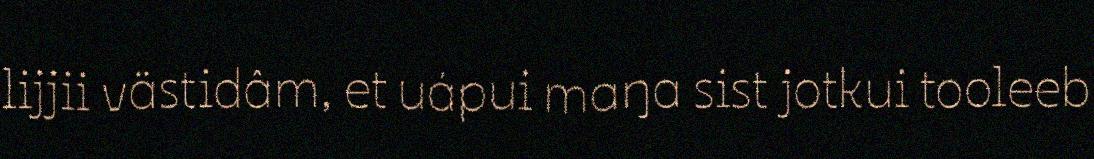
lijjii västidâm, et uápui maŋa sist jotkui tooleeb